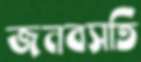
জনবসতি